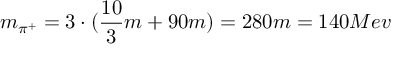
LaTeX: m _ { \pi ^ { + } } = 3 \cdot ( \frac { 1 0 } { 3 } m + 9 0 m ) = 2 8 0 m = 1 4 0 M e v